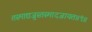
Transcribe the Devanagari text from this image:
तस्माद्यजुस्तस्मादजायत॥९॥